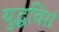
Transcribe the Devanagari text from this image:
युद्धविरां